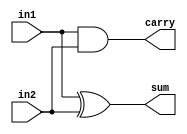
module half_adder(sum, carry, in1, in2);
	output sum, carry;
	input in1, in2;
	
	xor (sum, in1, in2);
	and (carry, in1, in2);

endmodule